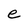
Character: e